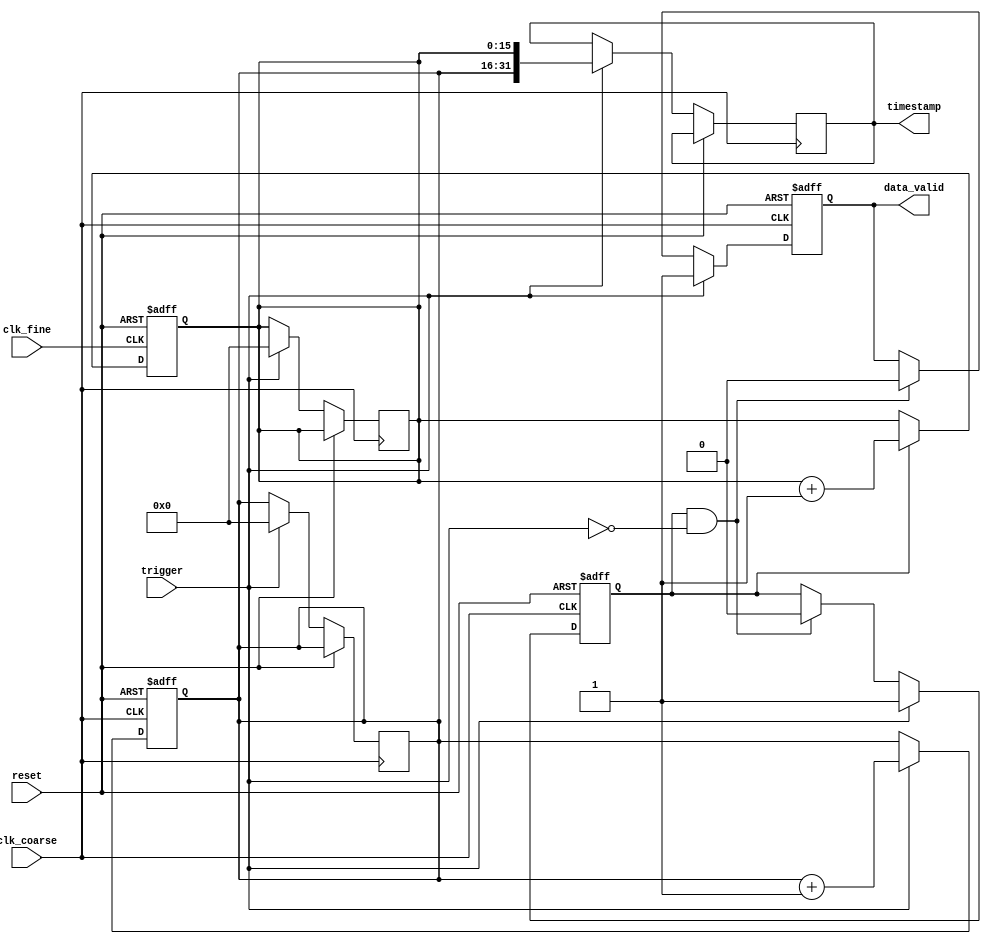
module TDC (
    input wire clk_coarse,          // Coarse clock
    input wire clk_fine,            // Fine clock
    input wire trigger,             // Trigger signal to start measurement
    input wire reset,               // Reset signal
    output reg [31:0] timestamp,    // High-resolution timestamp output
    output reg data_valid           // Output data valid signal
);

    // Parameters for the memory size
    parameter MEMORY_SIZE = 16;
    reg [15:0] coarse_memory [0:MEMORY_SIZE-1]; // Coarse memory
    reg [15:0] fine_memory [0:MEMORY_SIZE-1];   // Fine memory
    reg [3:0] write_pointer;                    // Write pointer for memory
    reg [3:0] read_pointer;                     // Read pointer for memory

    // Coarse measurement logic
    reg [15:0] coarse_count;
    reg coarse_valid;
    
    // Fine measurement logic
    reg [15:0] fine_count;
    reg fine_valid;

    // Control logic
    reg measuring;

    // Initialize memory and pointers
    initial begin
        write_pointer = 0;
        read_pointer = 0;
        coarse_count = 0;
        fine_count = 0;
        coarse_valid = 0;
        fine_valid = 0;
        measuring = 0;
        data_valid = 0;
        timestamp = 0;
    end

    // Coarse counter
    always @(posedge clk_coarse or posedge reset) begin
        if (reset) begin
            coarse_count <= 0;
            coarse_valid <= 0;
        end else if (trigger) begin
            coarse_count <= coarse_count + 1;
            coarse_valid <= 1;
        end
    end

    // Fine counter
    always @(posedge clk_fine or posedge reset) begin
        if (reset) begin
            fine_count <= 0;
            fine_valid <= 0;
        end else if (measuring) begin
            fine_count <= fine_count + 1;
            fine_valid <= 1;
        end
    end

    // Control FSM
    always @(posedge clk_coarse or posedge reset) begin
        if (reset) begin
            measuring <= 0;
            coarse_valid <= 0;
            fine_valid <= 0;
            data_valid <= 0;
        end else if (trigger) begin
            measuring <= 1;
            coarse_memory[write_pointer] <= coarse_count;
            fine_memory[write_pointer] <= fine_count;
            write_pointer <= (write_pointer + 1) % MEMORY_SIZE;

            // Prepare timestamp
            timestamp <= {coarse_count, fine_count};
            data_valid <= 1;

            // Reset counts for next measurement
            coarse_count <= 0;
            fine_count <= 0;
        end else if (measuring && !trigger) begin
            measuring <= 0;
            coarse_valid <= 0;
            fine_valid <= 0;
            data_valid <= 0;
        end
    end

endmodule